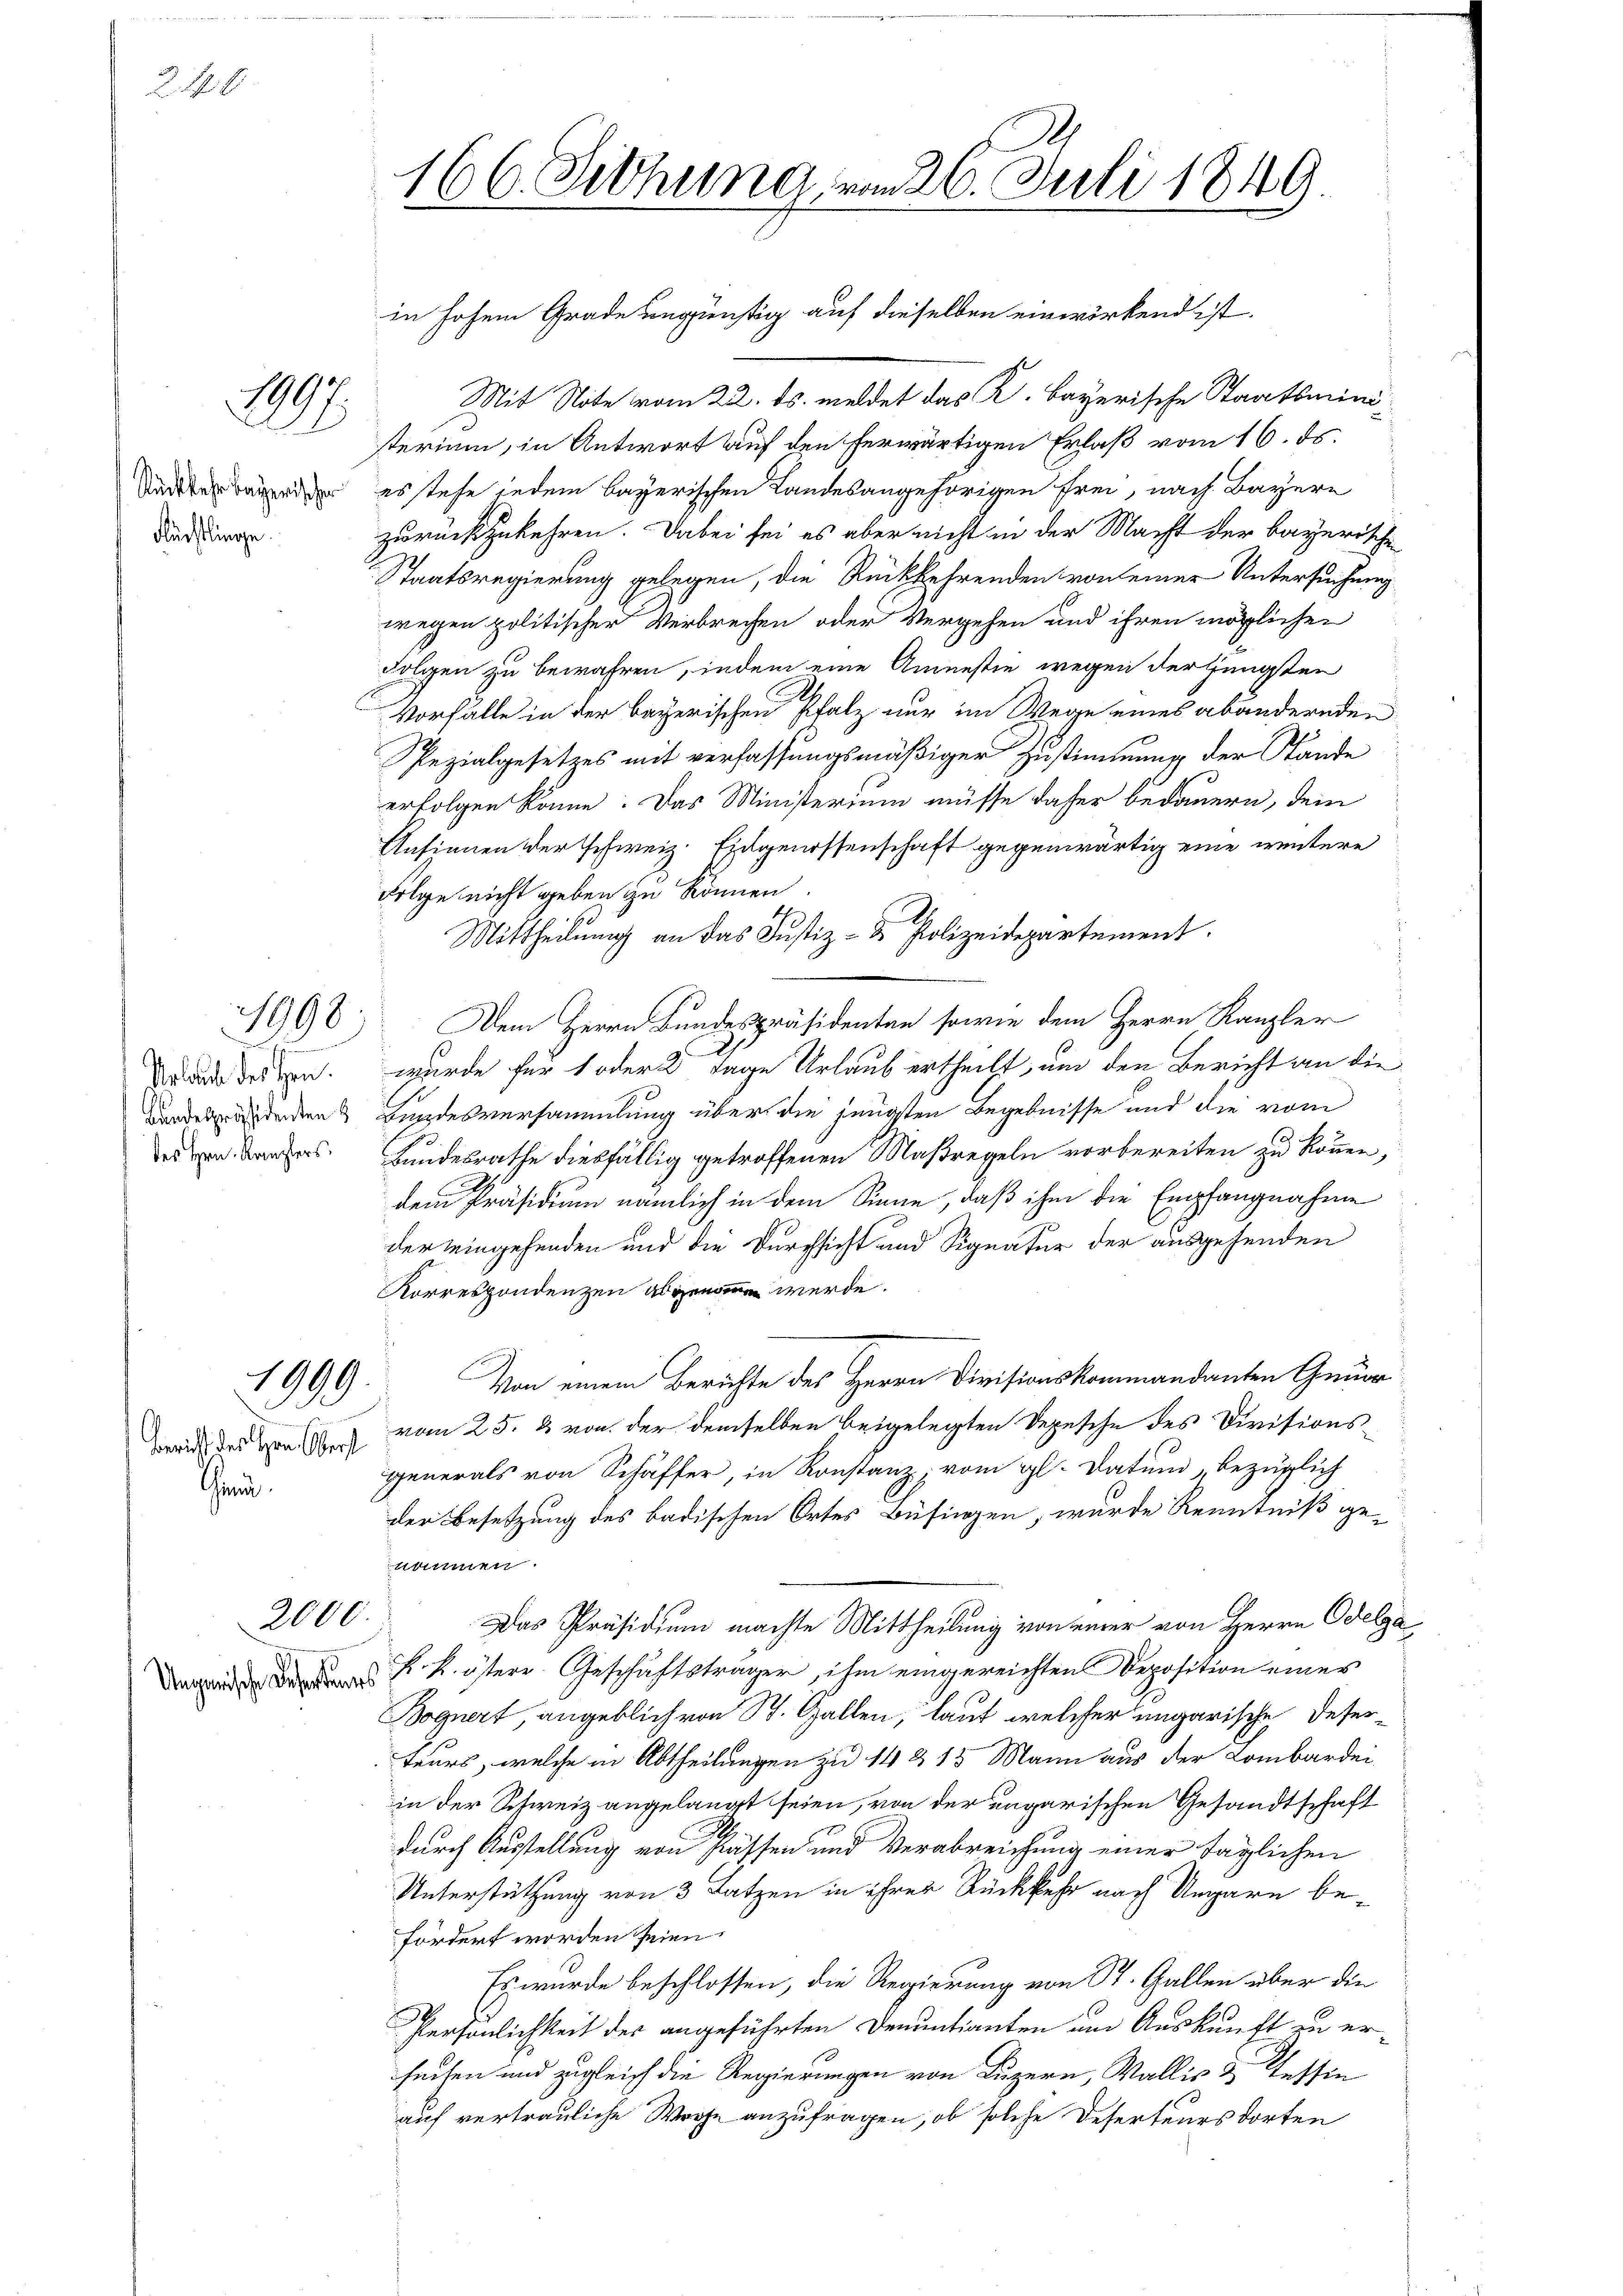
246

Rückkehr bayerischer
Flächtlinge.

f
Urlaube des Hrn.
Bundespräsidenten
des Hrn. Kanzlers.

197.

1998

1999.

Bericht des Hrn. Obers
Gr.

2000.

Ungarische Desertens

166. Diehung, vom 26. Juli 1849

Mit Note vom 22. ds. meldet das K. Bayerische Staatsmini
sterium, in Antwort auf den herwärtigen Erlaß vom 16. ds.
es stehe jedem bayerischen Landesangehörigen frei, nach Bayern
zurückzukehren. Dabei sei es aber nicht in der Macht der bayerische
Staatsregierung gelegen, die Rückkehrenden von einer Untersuchung
wegen politischer Verbrechen oder Vergehen und ihren möglichen
Folgen zu bewahren, indem eine Amnestie wegen der jüngsten
Vorfalle in der bayerischen Pfalz nur im Wege eines abändernden
Spezialgesetzes mit verfassungsmäßiger Zustimmung der Stande
erfolgen könne. Das Ministerium müsse daher bedauern, dem
Ansinnen der schweiz. Eidgenossenschaft gegenwärtig eine weitere
Folge nicht geben zu können.
Mittheilung an das Justiz- & Polizeidepartement
Dem Herrn Bundespräsidenten sowie dem Herrn Kanzler
.
wurde für 1 oder 2 Tage Urlaub ertheilt, um den Bericht an die
Bundesversammlung über die jüngsten Begebnisse und die vom
Bundesrathe diesfällig getroffenen Maßregeln vorbereiten zu können,
dem Präsidium nämlich in dem Sinne, daß ihm die Empfangnahme
der eingehenden und die Durchsicht und Signatur der ausgehenden
Korrespondenzen an werde.
Von einem Berichte des Herrn Divisionskommandanten Gmür
vom 25. & von der demselben beigelegten Depesche des Divisionsgenerals von Schäffer, in Konstanz, vom gl. Datum bezüglich
der Besetzung des badischen Ortes Büfingen, wurde Kenntniß ge-
nommen.
Das Präsidium machte Mittheilung von einer von Herrn Odelga
. k. östere Geschäftsträger, ihm eingereichtens Deposition einer
Bognert angeblich von St. Gallen, laut welcher ungarische Deser-
teurs, welche in Abtheilungen zu 14 § 15 Mann aus der Lombardei
in der Schweiz angelangt seien, von der ungarischen Gesandtschaft
durch Ausstellung von Kassen und Verabreichung einer täglichen
Unterstützung von 3 Latzen in ihrer Rückkehr nach Ungarn befördert worden seien.
Es wurde beschlossen, die Regierung von St. Gallen über die
Persönlichkeit der angeführten Denuntianten am Auskunft zu erseihen und zugleich die Regierungen von Luzern, Wallis u Tessin
auf vertrauliche Woche anzufragen, ob solche Deserteurs dorten

in hohem Grade ungünstig auf dieselben einwirkend ist.